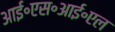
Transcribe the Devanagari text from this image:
आई॰एस॰आई॰एल